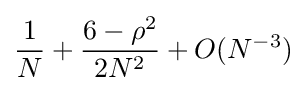
{\frac {1}{N}}+{\frac {6-\rho ^{2}}{2N^{2}}}+O(N^{-3})